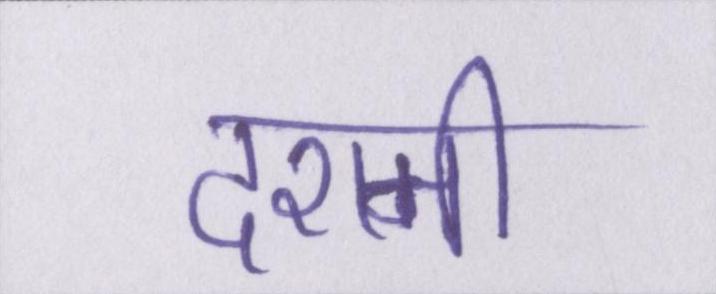
दशमी